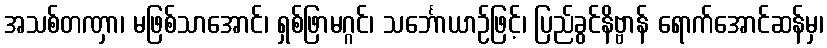
အသစ်တဏှာ၊ မဖြစ်သာအောင်၊ ရှစ်ဖြာမဂ္ဂင်၊ သင်္ဘောယာဉ်ဖြင့်၊ ပြည်ခွင်နိဗ္ဗာန် ရောက်အောင်ဆန်မှ၊